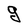
Character: g